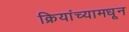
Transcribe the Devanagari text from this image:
क्रियांच्यामधून